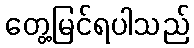
တွေ့မြင်ရပါသည်